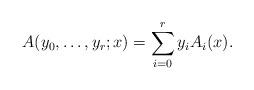
LaTeX: \begin{align*}A(y_0,\ldots,y_r;x) = \sum_{i=0}^r y_i A_{i} (x).\end{align*}